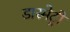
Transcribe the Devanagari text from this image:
डारमेट्री